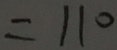
= 1 1 0